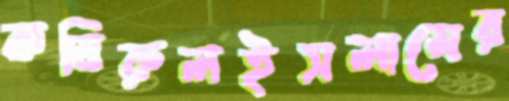
কবিরুলইসলামের